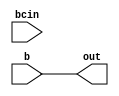
module mux_bin #(parameter B_INPUT="DIRECT") (
	input [17:0] b,
	input [17:0] bcin,
	output [17:0] out);

       generate
       	if(B_INPUT=="DIRECT")
       	  assign out = b;
       	else if (B_INPUT=="CASCADE")
       	  assign out = bcin;
       	else 
       	  assign out = 0;    
       	
       endgenerate
endmodule

`timescale 1ns/1ps
module mux_bin_tb #(parameter B_INPUT="DIRECT") ();
  reg [17:0] b;
  reg [17:0] bcin;
  wire [17:0] out;

  mux_bin #(B_INPUT) dut (b, bcin, out);
  initial begin
  	repeat (10) begin
  		b=$random;
  		bcin=$random;
  		#10;
  	end
  	$stop;
  end	

endmodule